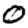
Digit: 0